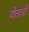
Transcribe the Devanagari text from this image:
योलांडी